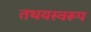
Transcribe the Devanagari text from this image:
तथयस्वरूप